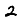
Digit: 2